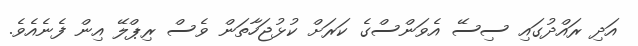
އަދި ރައްދުގައި ސިސޭ އެވަންސްގެ ކަރަށް ކުޅުޖަހާތަން ވެސް ރިޕްލޭ އިން ފެނެއެވެ.